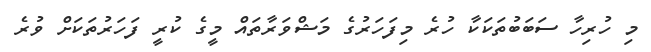
މި ހުރިހާ ސަބަބުތަކަކާ ހުރެ މިފަހަރުގެ މަޝްވަރާތައް މީގެ ކުރީ ފަހަރުތަކަށް ވުރެ